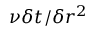
\nu \delta t / \delta r ^ { 2 }